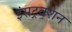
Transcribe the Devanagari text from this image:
इंसट्रक्शन